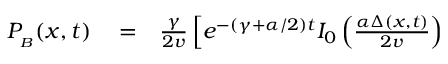
\begin{array} { r l r } { P _ { _ B } ( x , t ) } & { { } = } & { \frac { \gamma } { 2 v } \left[ e ^ { - ( \gamma + \alpha / 2 ) t } I _ { 0 } \left( \frac { \alpha \Delta ( x , t ) } { 2 v } \right) \right. } \end{array}